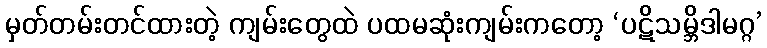
မှတ်တမ်းတင်ထားတဲ့ ကျမ်းတွေထဲ ပထမဆုံးကျမ်းကတော့ ‘ပဋိသမ္ဘိဒါမဂ္ဂ’